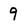
Character: 9